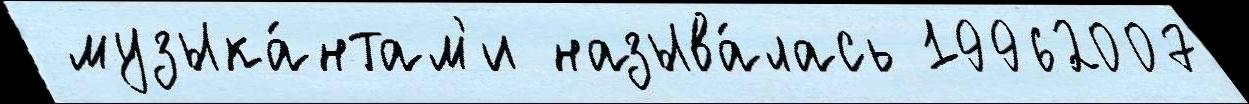
 музыка́нтам'и называ́лась 19962007